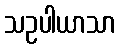
သဥပါယာသာ